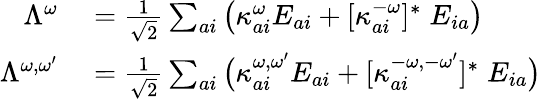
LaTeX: \begin{array}{rl}{\Lambda^{\omega}}&{{}=\frac{1}{\sqrt{2}}\sum_{ai}\big(\kappa_{ai}^{\omega}E_{ai}+[\kappa_{ai}^{-\omega}]^{*}\; E_{ia}\big)}\\ {\Lambda^{\omega,\omega^{\prime}}}&{{}=\frac{1}{\sqrt{2}}\sum_{ai}\big(\kappa_{ai}^{\omega,\omega^{\prime}}E_{ai}+[\kappa_{ai}^{-\omega,-\omega^{\prime}}]^{*}\; E_{ia}\big)}\end{array}